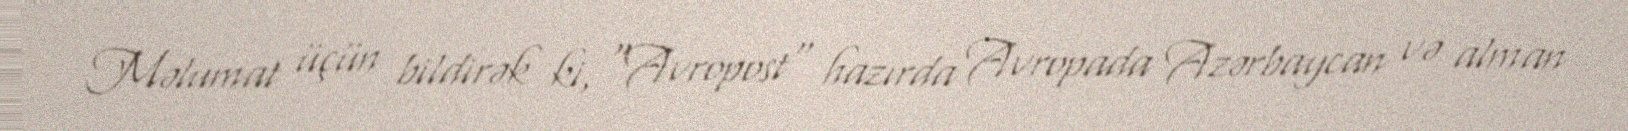
Məlumat üçün bildirək ki, "Avropost" hazırda Avropada Azərbaycan və alman